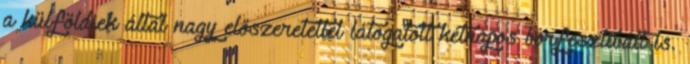
a külföldiek által nagy előszeretettel látogatott kétnapos borfesztivált is.